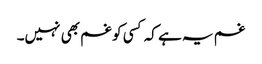
غم یہ ہے کہ کسی کو غم بھی نہیں۔